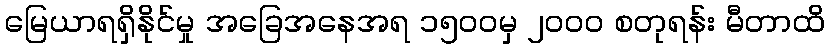
မြေယာရရှိနိုင်မှု အခြေအနေအရ ၁၅၀၀မှ ၂၀၀၀ စတုရန်း မီတာထိ